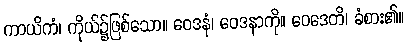
ကာယိကံ၊ ကိုယ်၌ဖြစ်သော။ ဝေဒနံ၊ ဝေဒနာကို။ ဝေဒေတိ၊ ခံစား၏။